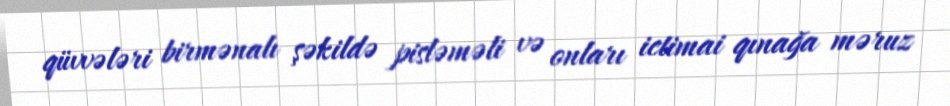
qüvvələri birmənalı şəkildə pisləməli və onları ictimai qınağa məruz